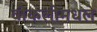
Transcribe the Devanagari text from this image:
वीकलीमधले